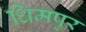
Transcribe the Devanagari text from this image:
धिमपुर